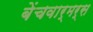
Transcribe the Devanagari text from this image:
बेंचवार्मर्स